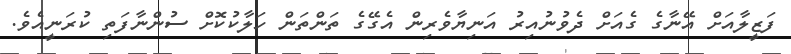
ފަޒީލާއަށް އޭނާގެ ގެއަށް ދެވުނުއިރު އަނިޔާވެރިން އެގޭގެ ތަންތަން ހަލާކުކޮށް ސުންނާފަތި ކުރަނީއެވެ.